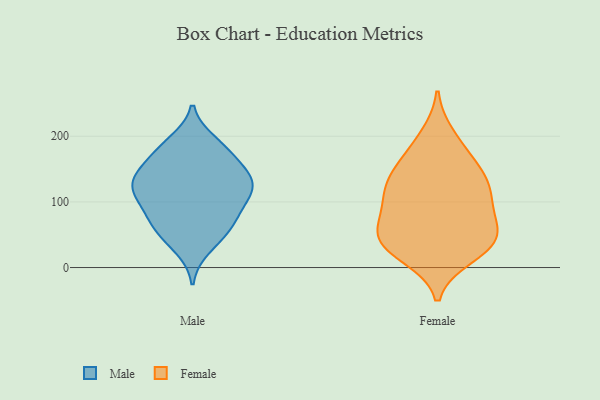
{"axis": {"x": "Satisfaction Score", "y": "Value"}, "legend": ["Female", "Male"], "data": [{"x": "", "y": 184, "type": "Male"}, {"x": "", "y": 166, "type": "Male"}, {"x": "", "y": 118, "type": "Male"}, {"x": "", "y": 178, "type": "Male"}, {"x": "", "y": 79, "type": "Male"}, {"x": "", "y": 145, "type": "Male"}, {"x": "", "y": 142, "type": "Male"}, {"x": "", "y": 107, "type": "Male"}, {"x": "", "y": 72, "type": "Male"}, {"x": "", "y": 105, "type": "Male"}, {"x": "", "y": 73, "type": "Male"}, {"x": "", "y": 56, "type": "Male"}, {"x": "", "y": 137, "type": "Male"}, {"x": "", "y": 130, "type": "Male"}, {"x": "", "y": 48, "type": "Male"}, {"x": "", "y": 30, "type": "Male"}, {"x": "", "y": 113, "type": "Male"}, {"x": "", "y": 129, "type": "Male"}, {"x": "", "y": 191, "type": "Male"}, {"x": "", "y": 117, "type": "Female"}, {"x": "", "y": 35, "type": "Female"}, {"x": "", "y": 32, "type": "Female"}, {"x": "", "y": 40, "type": "Female"}, {"x": "", "y": 39, "type": "Female"}, {"x": "", "y": 99, "type": "Female"}, {"x": "", "y": 63, "type": "Female"}, {"x": "", "y": 114, "type": "Female"}, {"x": "", "y": 175, "type": "Female"}, {"x": "", "y": 200, "type": "Female"}, {"x": "", "y": 153, "type": "Female"}, {"x": "", "y": 140, "type": "Female"}, {"x": "", "y": 128, "type": "Female"}, {"x": "", "y": 18, "type": "Female"}, {"x": "", "y": 81, "type": "Female"}, {"x": "", "y": 58, "type": "Female"}]}